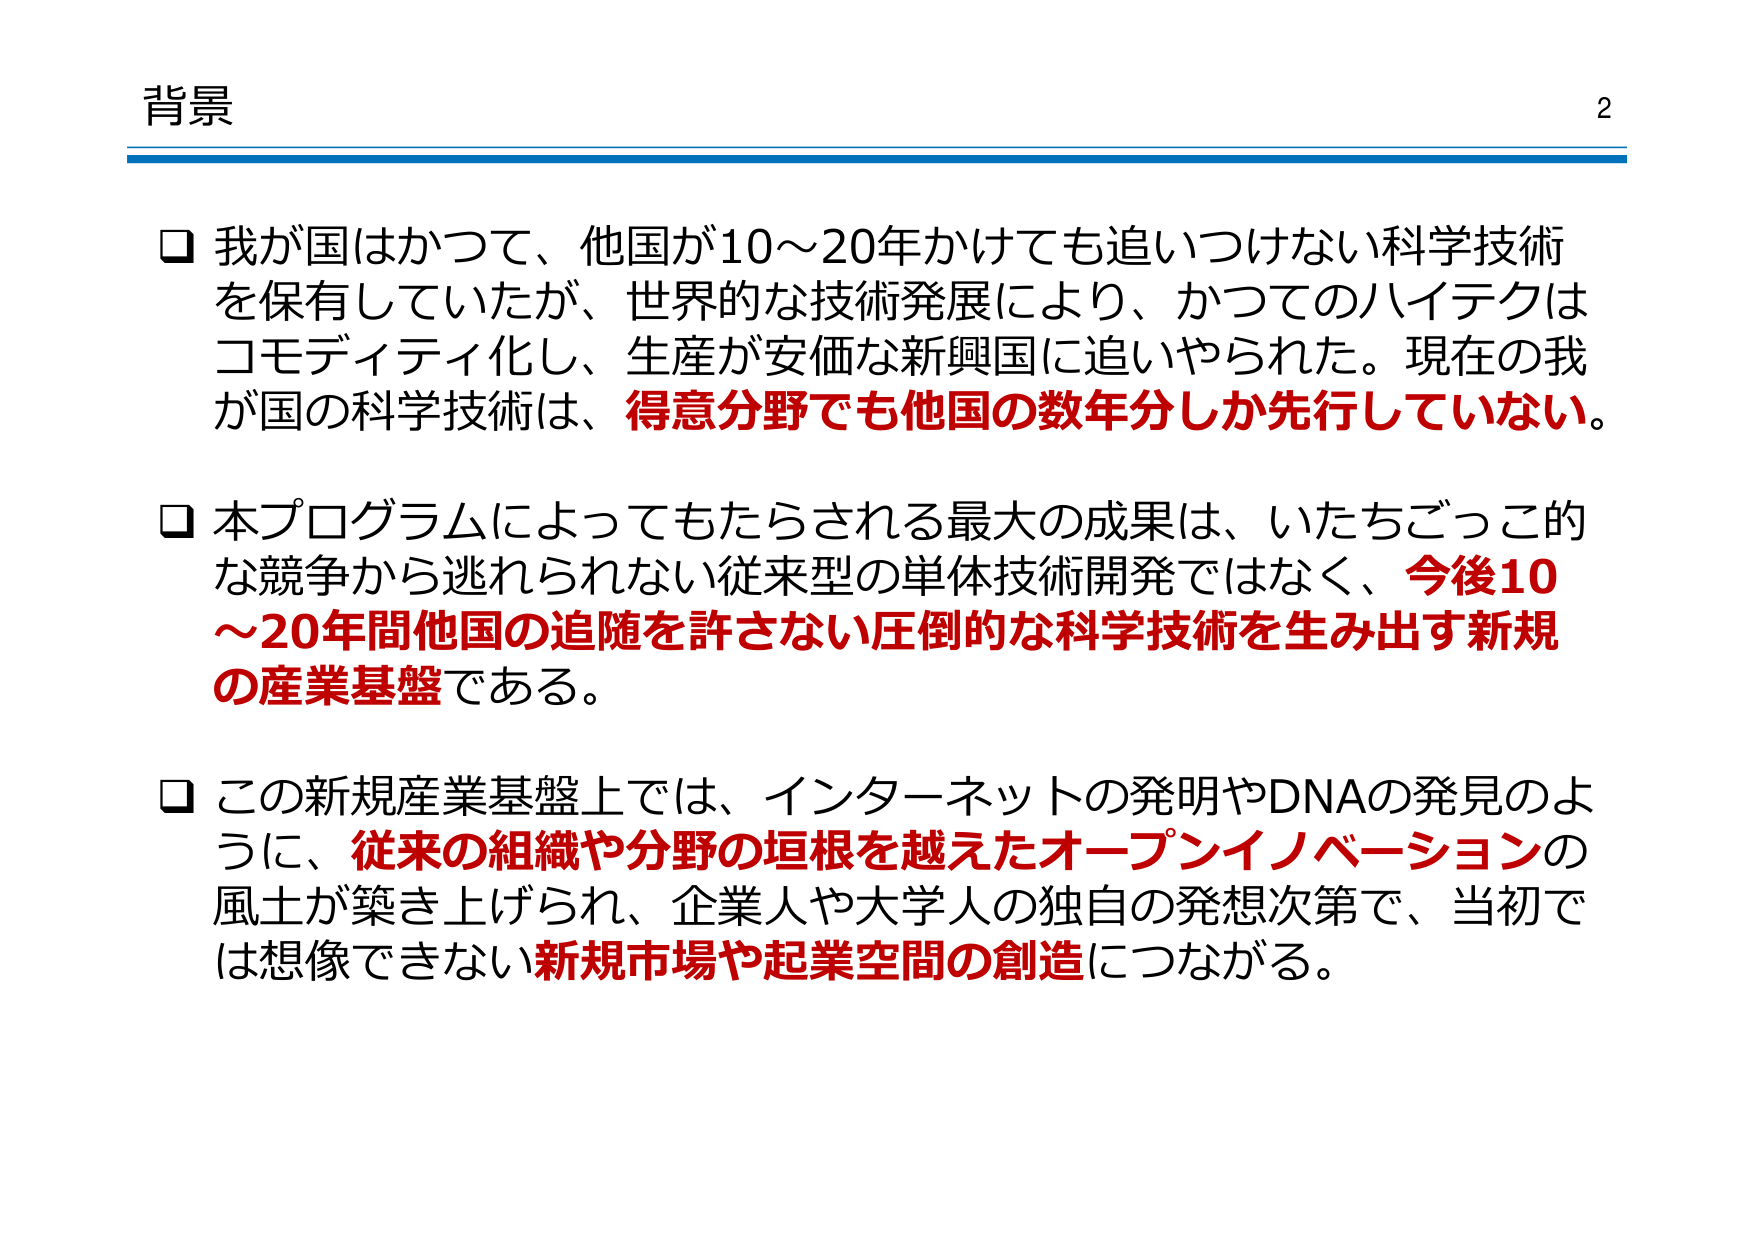
背景

□ 我が国はかつて、他国が10～20年かけても追いつけない科学技術を保有していたが、世界的な技術発展により、かつてのハイテクはコモディティ化し、生産が安価な新興国に追いやられた。現在の我が国の科学技術は、得意分野でも他国の数年分しか先行していない。

□ 本プログラムによってもたらされる最大の成果は、いたちごっこ的な競争から逃れられない従来型の単体技術開発ではなく、今後10～20年間他国の追随を許さない圧倒的な科学技術を生み出す新規の産業基盤である。

□ この新規産業基盤上では、インターネットの発明やDNAの発見のように、従来の組織や分野の垣根を越えたオープンイノベーションの風土が築き上げられ、企業人や大学人の独自の発想次第で、当初では想像できない新規市場や起業空間の創造につながる。